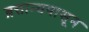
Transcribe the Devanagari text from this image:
ब्रत्तान्यपासून